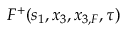
F ^ { + } ( s _ { 1 } , x _ { 3 } , x _ { 3 , F } , \tau )